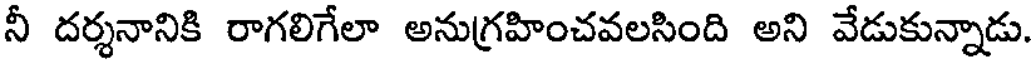
నీ దర్శనానికి రాగలిగేలా అనుగ్రహించవలసింది అని వేడుకున్నాడు.